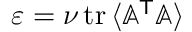
\varepsilon = \nu \, \mathrm { t r } \, \langle \ensuremath { \mathbb { A } } ^ { \sf T } \ensuremath { \mathbb { A } } \rangle